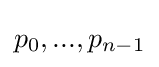
p_{0},...,p_{n-1}